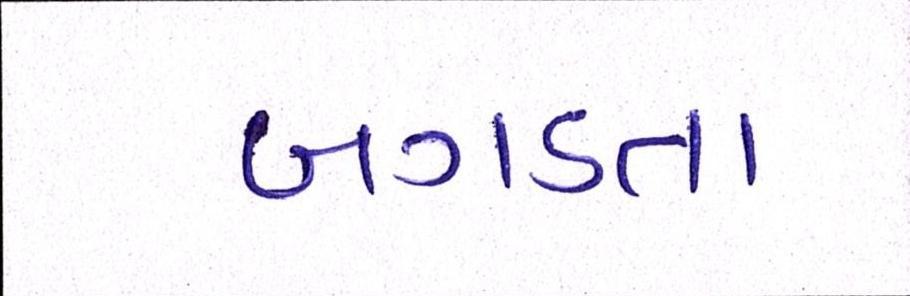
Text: બગડતા